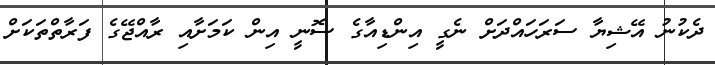
ދެކުނު އޭޝިޔާ ސަރަހައްދަށް ނެގީ އިންޑިއާގެ ސޮނީ އިން ކަމަށާއި ރާއްޖޭގެ ފަރާތްތަކަށް